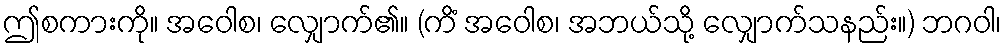
ဤစကားကို။ အဝေါစ၊ လျှောက်၏။ (ကိံ အဝေါစ၊ အဘယ်သို့ လျှောက်သနည်း။) ဘဂဝါ၊